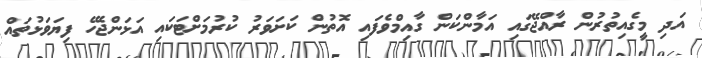
އަދި މީގެއިތުރުން ރާއްޖޭގައި އަމާންކަން ގާއިމްވެފައި އޮތުން ކަށަވަރު ކުރުމަށްޓަކައި އަޅަންޖެހޭ ފިޔަވަޅުތައް